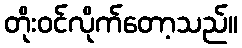
တိုးဝင်လိုက်တော့သည်။